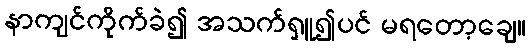
နာကျင်ကိုက်ခဲ၍ အသက်ရှူ၍ပင် မရတော့ချေ။